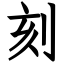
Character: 刻